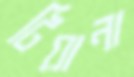
টিয়ানা